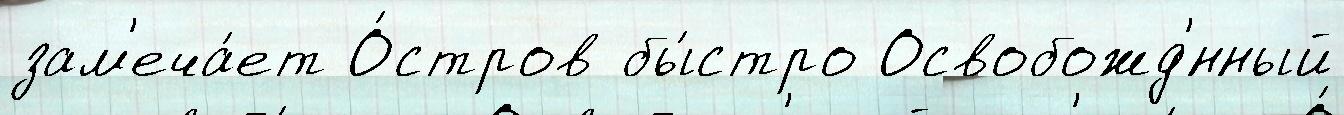
зам'еча́ет О́стров бы́стро Освобожд'́нный